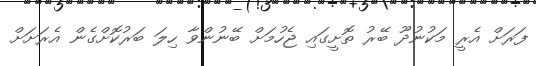
ފަރަށް އެރީ މަކުނުދޫ ބޭރު ތޮށީގައި ޖެހުމަށް ބޭނުންވާ ހިލަ ބަރުކޮށްގެން އެރަށަށް